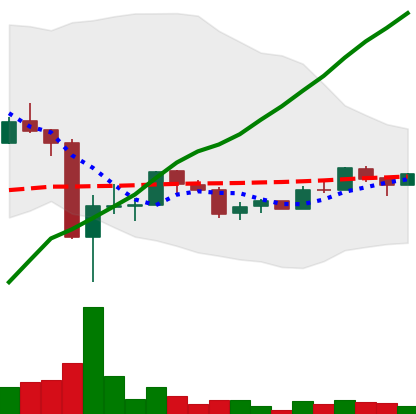
Ticker: LTC-USD
Chart end date: 2017-09-30
Forward return: -6.298%
Label: down_5_7